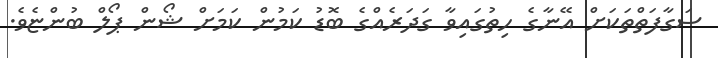
ސަގާފަތްތަކަށް އޭނާގެ ހިތުގައިވާ ގަދަރެއްގެ ބޮޑު ކަމުން ކަމަށް ޝޯން ޕޯލް ބުންޏެވެ.